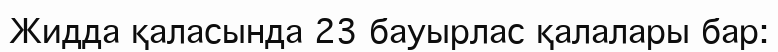
Жидда қаласында 23 бауырлас қалалары бар: